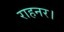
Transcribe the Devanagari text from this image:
राहनर।